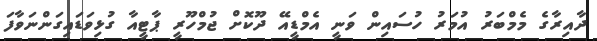
ދާއިރާގެ މެމްބަރު އުމަރު ހުސައިން ވަނީ އެމްޑީއޭ ދޫކޮށް ޖުމްހޫރީ ޕާޓީއާ ގުޅިވަޑައިގަންނަވާފަ